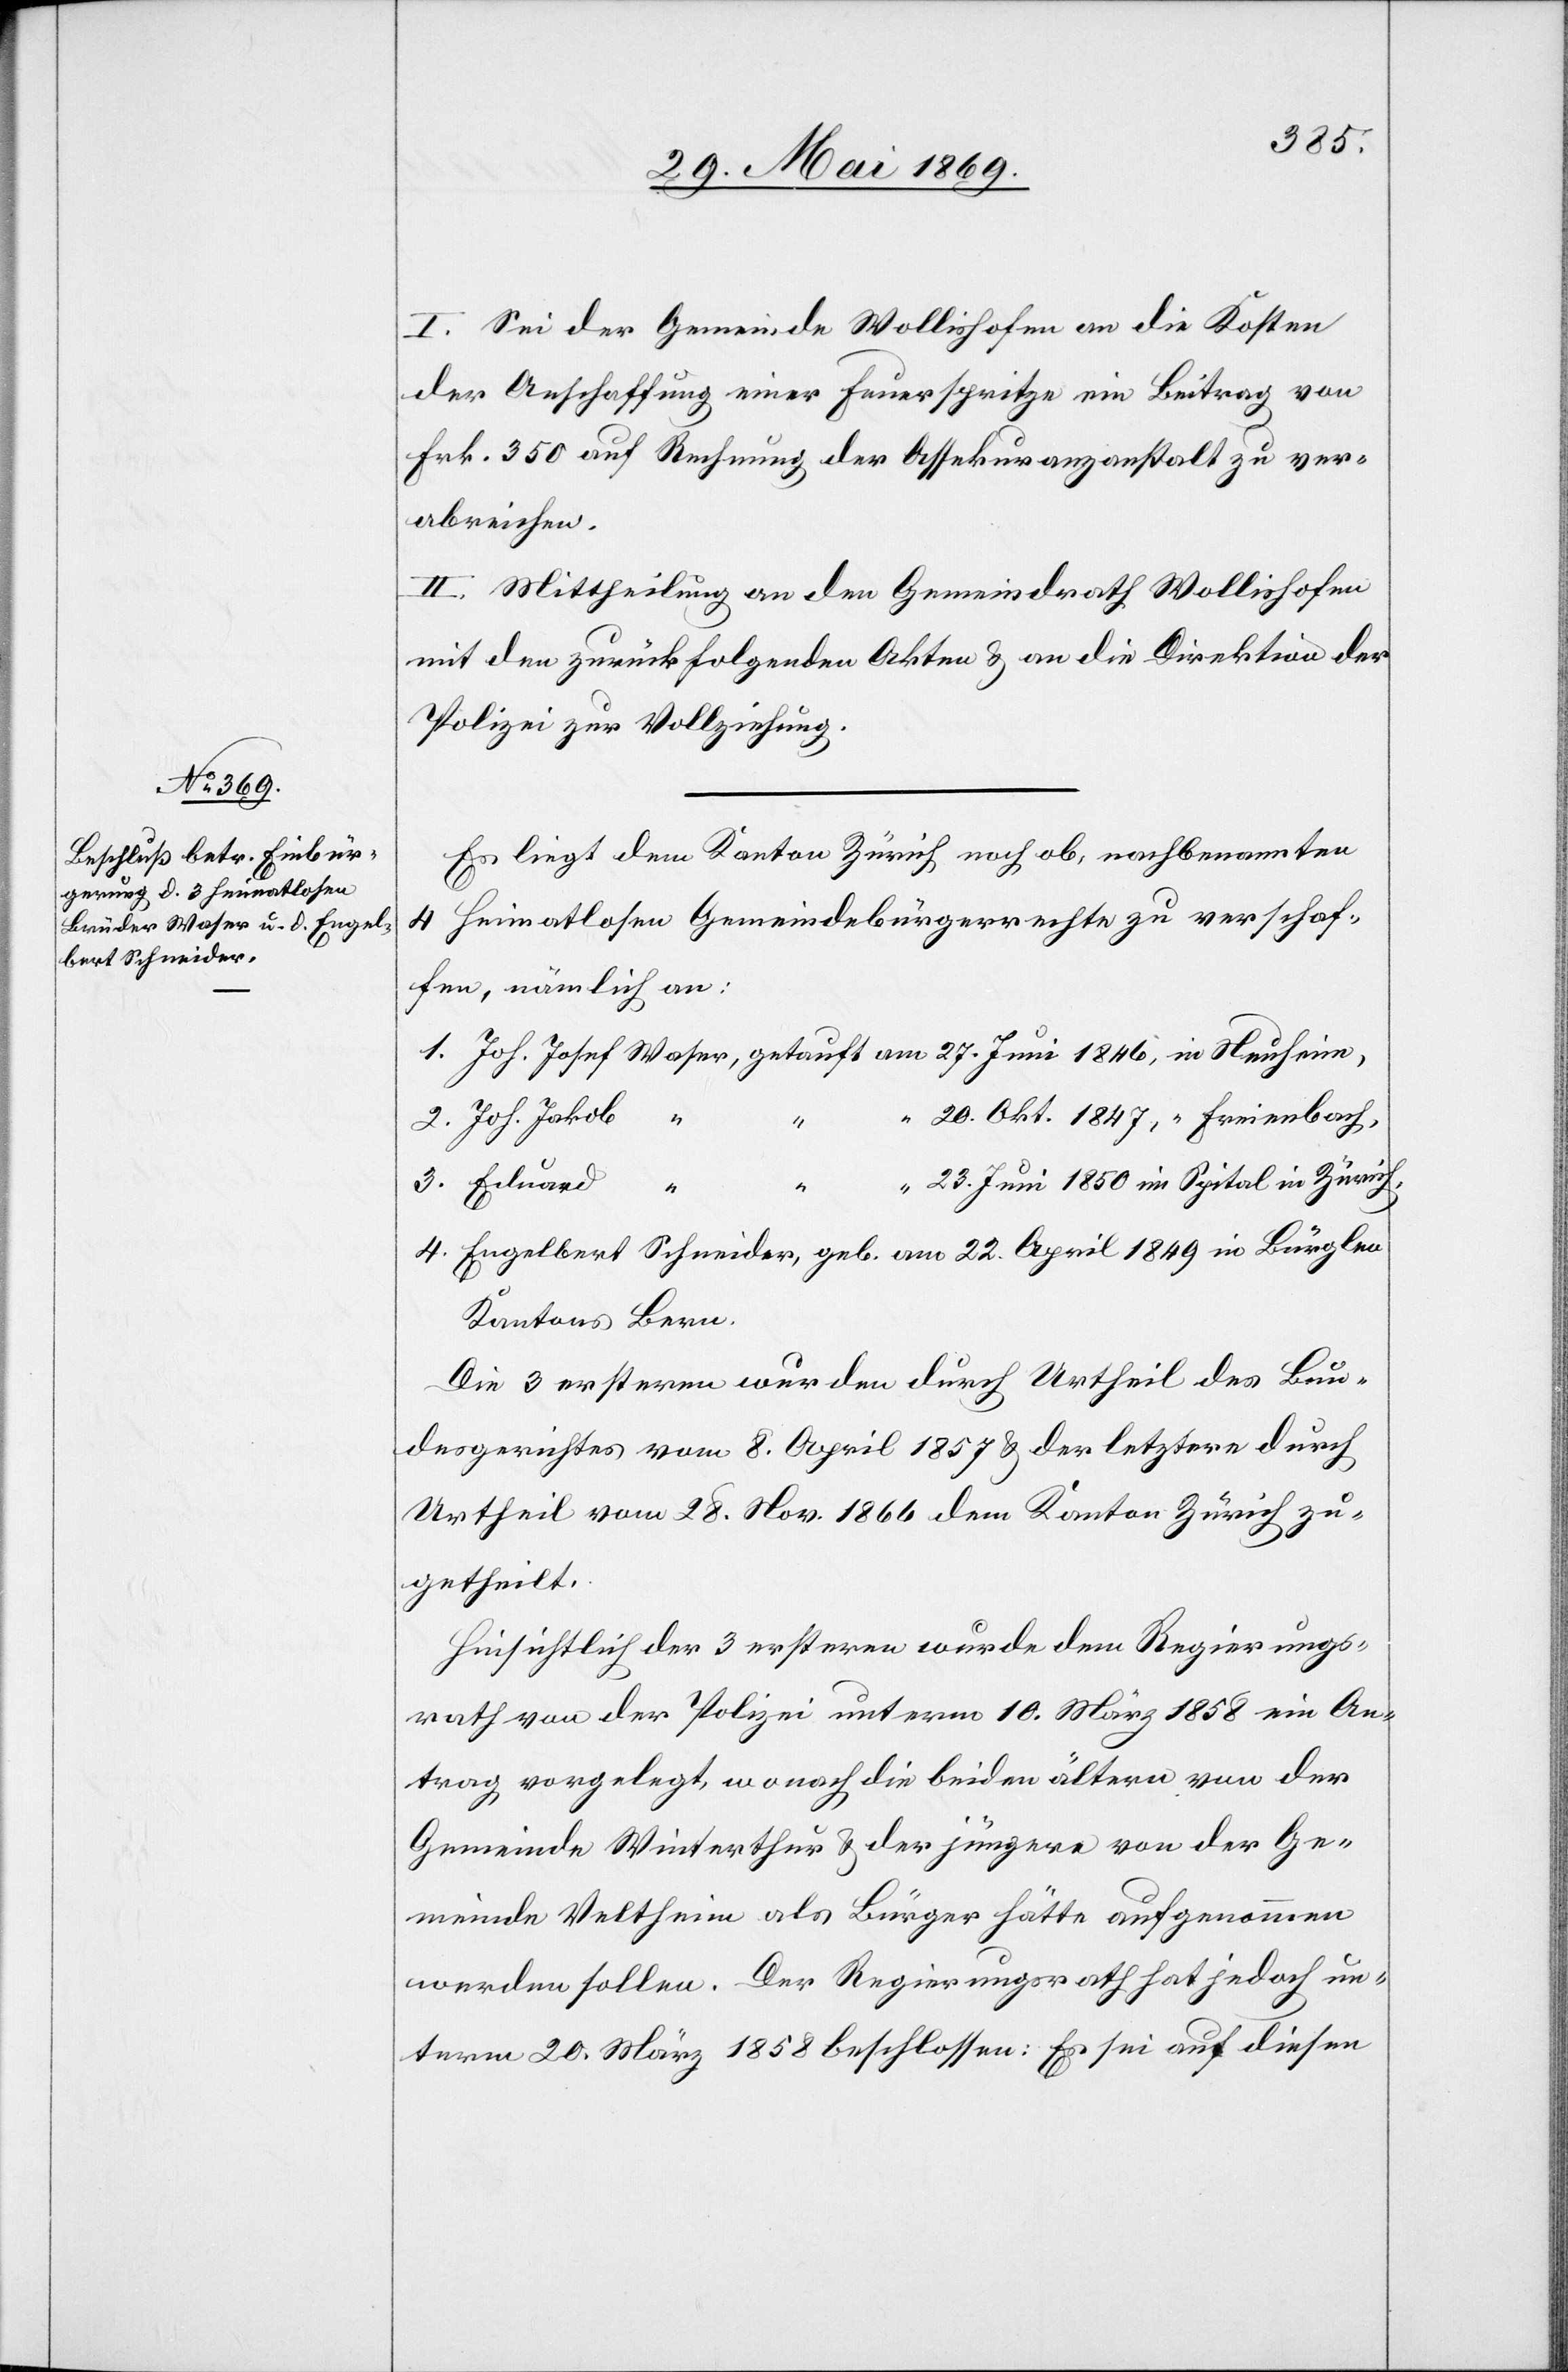
I. Sei der Gemeinde Wollishofen an die Kosten
der Anschaffung einer Feuerspritze ein Beitrag von
Frk. 350 auf Rechnung der Assekuranzanstalt zu ver¬
abreichen.
II. Mittheilung an den Gemeindrath Wollishofen
mit den zurückfolgenden Akten u. an die Direktion der
Polizei zur Vollziehung.
Es liegt dem Kanton Zürich noch ob, nachbenannten
4 Heimatlosen Gemeindebürgerrechte zu verschaf¬
fen, nämlich an:
1. Joh. Josef Waser, getauft am 27. Juni 1846, in Neuheim,
20. Okt. 1847, “ Freienbach,
2. Joh. Jakob “
“
“ 23. Juni 1850 im Spital in Zürich,
3. Eduard “
“
4. Engelbert Schneider, geb. am 22. April 1849 in Bürglen
Kantons Bern.
Die 3 ersteren wurden durch Urtheil des Bun¬
desgerichtes vom 8. April 1857 u. der letztere durch
Urtheil vom 28. Nov. 1866 dem Kanton Zürich zu¬
getheilt.
Hinsichtlich der 3 ersteren wurde dem Regierungs¬
rath von der Polizei unterm 10. März 1858 ein An¬
trag vorgelegt, wonach die beiden ältern von der
Gemeinde Winterthur u. der jüngere von der Ge¬
meinde Veltheim als Bürger hätte aufgenommen
werden sollen. Der Regierungsrath hat jedoch un¬
term 20. März 1858 beschlossen: Es sei auf diesen